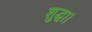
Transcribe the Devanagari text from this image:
शुद्धा।